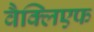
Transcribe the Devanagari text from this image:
वैक्लिएफ